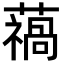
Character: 𮒓